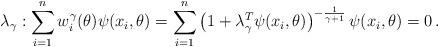
LaTeX: \begin{align*}\lambda_{\gamma}: \sum_{i=1}^n w^{\gamma}_i(\theta) \psi(x_i, \theta) = \sum_{i=1}^n \left(1 + \lambda_\gamma^T \psi(x_i, \theta) \right)^{-\frac{1}{\gamma + 1}}\psi(x_i, \theta) = 0 \,.\end{align*}